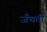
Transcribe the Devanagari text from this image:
जँचती